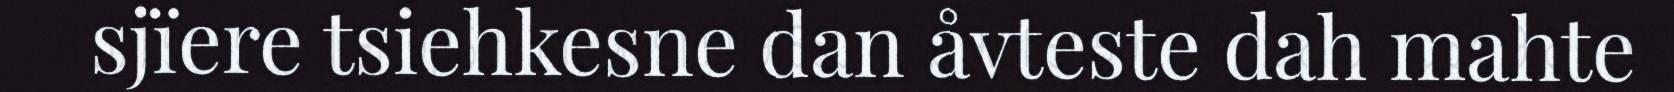
sjïere tsiehkesne dan åvteste dah mahte